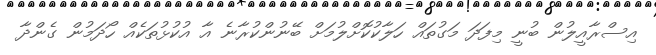
އިސްރާއީލުން ބުނީ މިފަދަ މަގުތައް ހަލާކުކޮށްލުމަށް ބޭނުންކުރާނެ އާ އުކުޅުތަކެއް ހޯދަމުން ގެންދާ